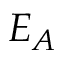
E _ { A }